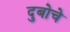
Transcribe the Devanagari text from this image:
दुबोचे